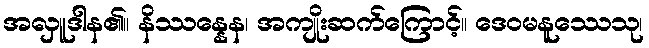
အလှူဒါန၏။ နိဿန္နေန၊ အကျိုးဆက်ကြောင့်။ ဒေဝမနူဿေသု၊